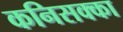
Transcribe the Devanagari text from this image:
कनिसक्का